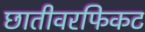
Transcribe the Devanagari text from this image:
छातीवरफिकट